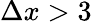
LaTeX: \Delta x>3